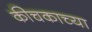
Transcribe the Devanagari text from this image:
कीचकाच्या